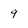
Character: 9